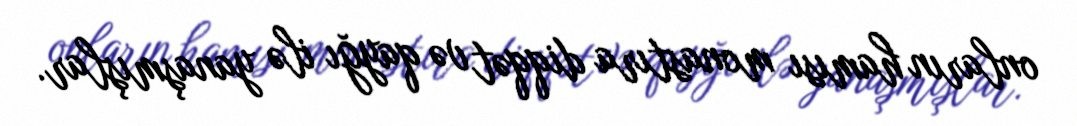
onların hamısı monastıra diqqət və qayğı ilə yanaşmışlar.